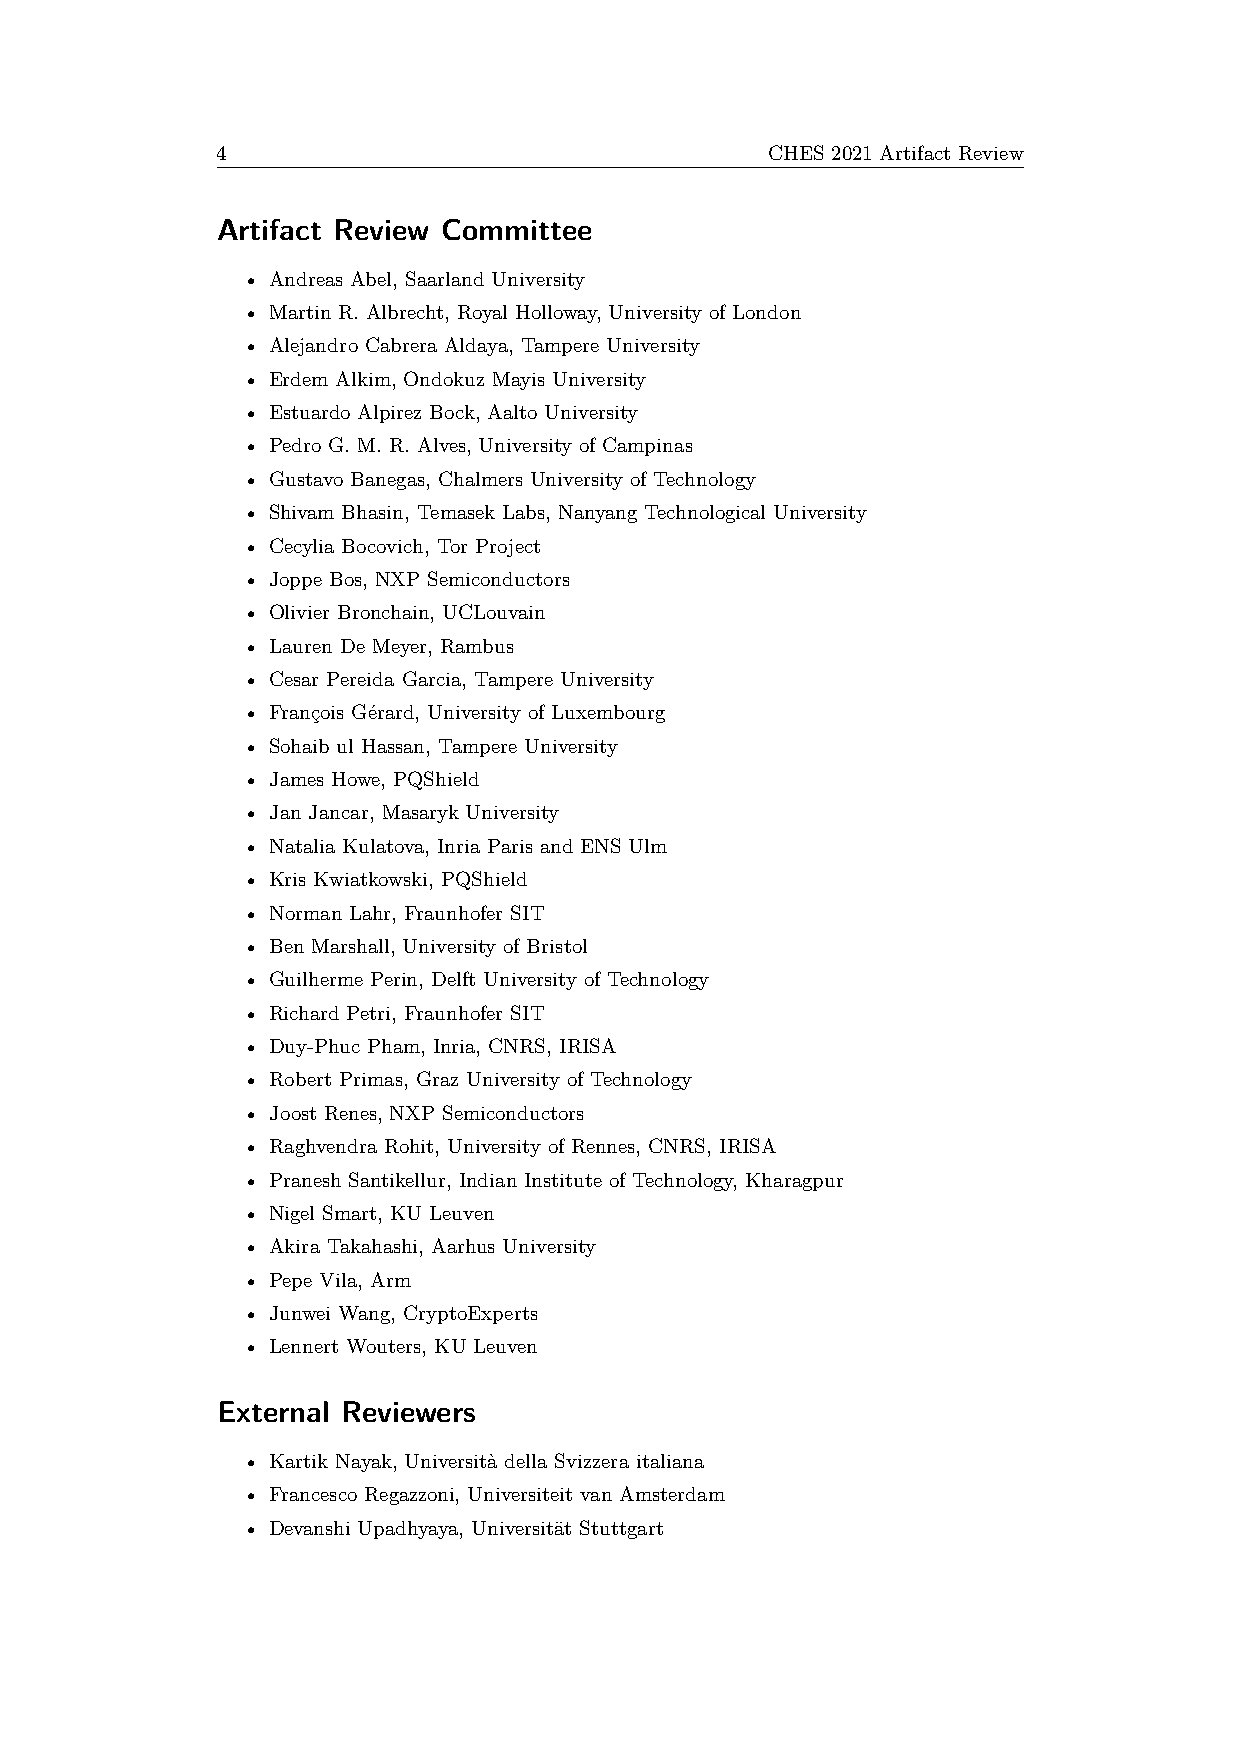
4                                    CHES 2021 Artifact Review
 Artifact Review Committee
 • Andreas Abel, Saarland University
 • Martin R. Albrecht, Royal Holloway, University of London
 • Alejandro Cabrera Aldaya, Tampere University
 • Erdem Alkim, Ondokuz Mayis University
 • Estuardo Alpirez Bock, Aalto University
 • Pedro G. M. R. Alves, University of Campinas
 • Gustavo Banegas, Chalmers University of Technology
 • Shivam Bhasin, Temasek Labs, Nanyang Technological University
 • Cecylia Bocovich, Tor Project
 • Joppe Bos, NXP Semiconductors
 • Olivier Bronchain, UCLouvain
 • Lauren De Meyer, Rambus
 • Cesar Pereida Garcia, Tampere University
 • François Gérard, University of Luxembourg
 • Sohaib ul Hassan, Tampere University
 • James Howe, PQShield
 • Jan Jancar, Masaryk University
 • Natalia Kulatova, Inria Paris and ENS Ulm
 • Kris Kwiatkowski, PQShield
 • Norman Lahr, Fraunhofer SIT
 • Ben Marshall, University of Bristol
 • Guilherme Perin, Delft University of Technology
 • Richard Petri, Fraunhofer SIT
 • Duy-Phuc Pham, Inria, CNRS, IRISA
 • Robert Primas, Graz University of Technology
 • Joost Renes, NXP Semiconductors
 • Raghvendra Rohit, University of Rennes, CNRS, IRISA
 • Pranesh Santikellur, Indian Institute of Technology, Kharagpur
 • Nigel Smart, KU Leuven
 • Akira Takahashi, Aarhus University
 • Pepe Vila, Arm
 • Junwei Wang, CryptoExperts
 • Lennert Wouters, KU Leuven
 External Reviewers
 • Kartik Nayak, Università della Svizzera italiana
 • Francesco Regazzoni, Universiteit van Amsterdam
 • Devanshi Upadhyaya, Universität Stuttgart